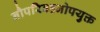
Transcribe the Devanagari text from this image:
नौपरिवहनोपयुक्त